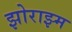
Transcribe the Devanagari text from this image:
झोराझ्म